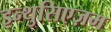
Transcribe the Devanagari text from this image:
इन्थुसिएज़म